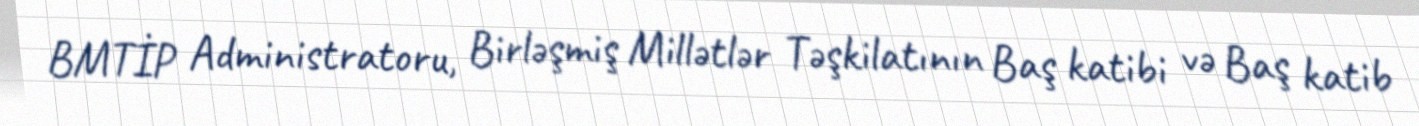
BMTİP Administratoru, Birləşmiş Millətlər Təşkilatının Baş katibi və Baş katib